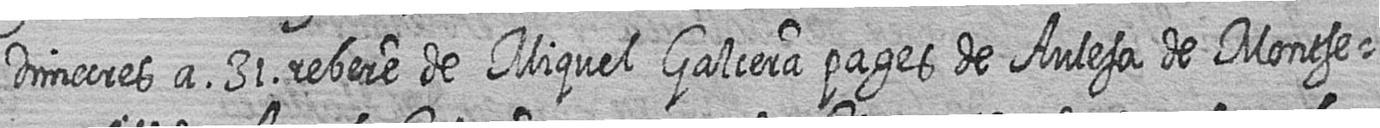
Dimecres a 31 rebere de Miquel Galcera pages de Aulesa de Montse=